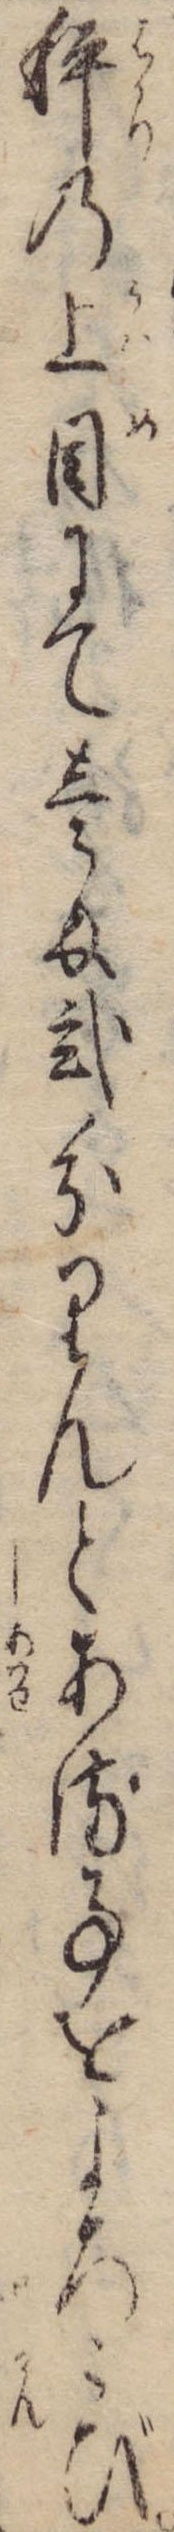
秤の上目にて壱匁弐分りんとある事をよろこび